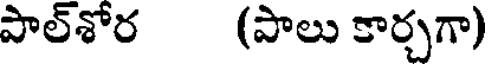
పాల్శోర (పాలు కార్చగా)